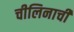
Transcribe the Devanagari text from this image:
चीलिनाची